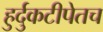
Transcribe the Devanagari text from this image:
हुर्दुकटीपेतच